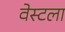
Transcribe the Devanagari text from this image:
वेस्टला